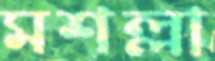
মশল্লা